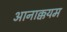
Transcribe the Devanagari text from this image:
आनाक्कयम